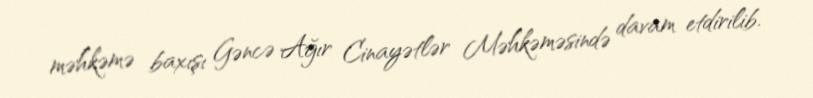
məhkəmə baxışı Gəncə Ağır Cinayətlər Məhkəməsində davam etdirilib.